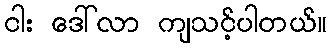
ငါး ဒေါ်လာ ကျသင့်ပါတယ်။